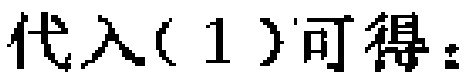
代入(1)可得：